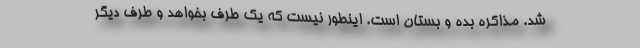
شد. مذاکره بده و بستان است. اینطور نیست که یک طرف بخواهد و طرف دیگر